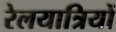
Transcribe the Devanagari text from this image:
रेलयात्रियों